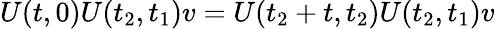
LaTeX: U(t,0)U(t_{2},t_{1})v=U(t_{2}+t,t_{2})U(t_{2},t_{1})v